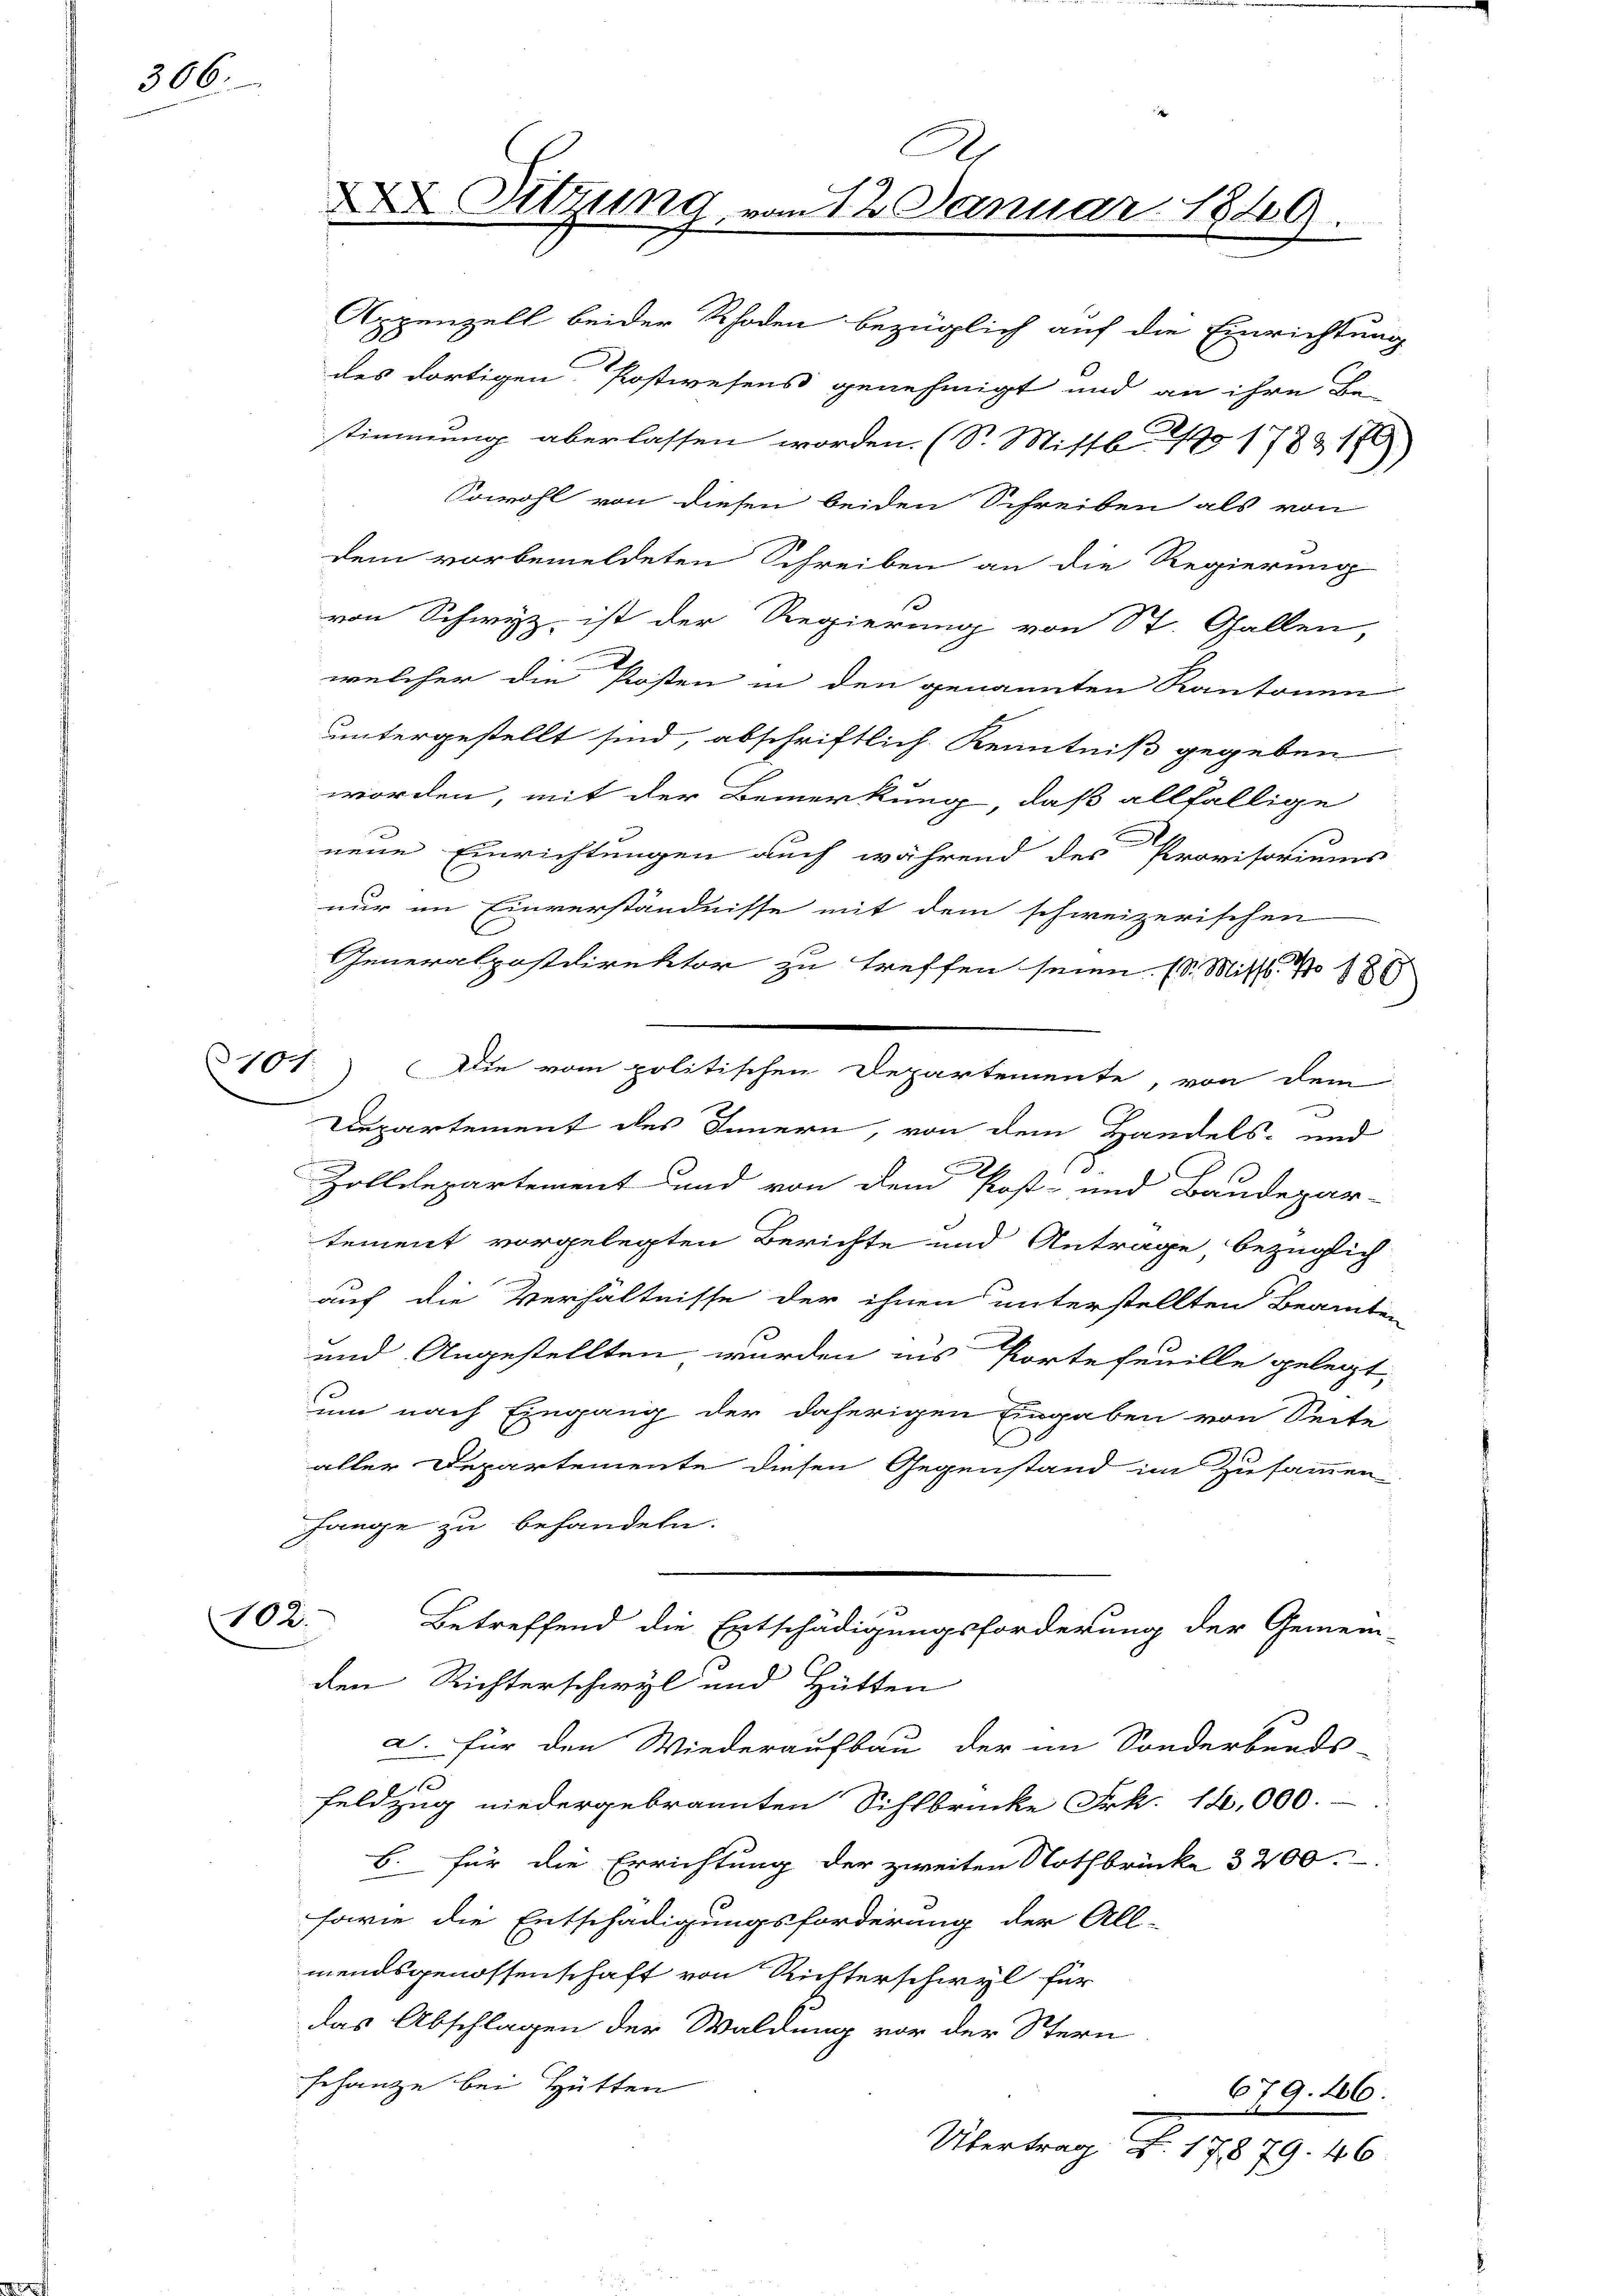
306.

102.

S
 Sitzung vom 12. Januar 1849.

dem vorbemeldeten Schreiben an die Regierung
von Schwyz ist der Regierung von St. Gallen,
welcher die Posten in den genannten Kantonen
untergestellt sind, abschriftlich Kenntniß gegeben
worden, mit der Bemerkung, daß allfällige
.
neue Einrichtungen auch während des Provisoriums
nur im Einverständnisse mit dem schweizerischen
Generalpostdirektor zu treffen seien. (S. Miss. No 186
Departement des Innern, von dem Handels- und
.
Zolldepartement und von dem Post- und Baudepar-
tement vorgelegten Berichte und Antrage, bezüglich
auf die Verhältnisse der ihnen unterstellten Beamten
und Angestellten wurden ins Portefeuille gelegt,
um nach Eingang der daherigen Eingaben von Seite
aller Departemente diesen Gegenstand im Zusammen
fange zu behandeln.
Betreffend die Entschädigungsforderung der Gemein-
den Richterschwyl und Hütten
a. Für den Wiederaufbau der im Sonderbunds-
1ff
Feldzug niedergebrannten Sihlbrücke Frk. 14,000.-
B. für die Errichtung der zweiten Nothbrücke 3 200.
sowie die Entschädigungsforderung der All-
mendsgenossenschaft von Richterschwyl für
das Abschlagen der Waldung vor der Stern
schanze bei Hütten
679. 46.
Übertrag B. 17879. 46.

Appenzell beider Rhoden bezüglich auf die Einrichtung
des dortigen Postwesens genehmigt und an ihre Be-
stimmung aberlassen worden. (S. Mittl 12 1789. 176
Sowohl von diesen beiden Schreiben als von

101.) Die vom politischen Departemente, von dem